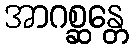
အာဂစ္ဆန္တေ